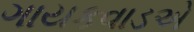
ગાયકવાડએ